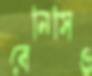
বেনিসিও